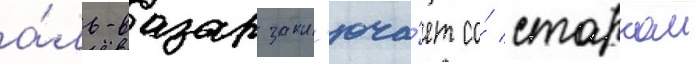
а́ль-вазар закл'юча́ет со́ старком